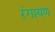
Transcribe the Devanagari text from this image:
रंगायण